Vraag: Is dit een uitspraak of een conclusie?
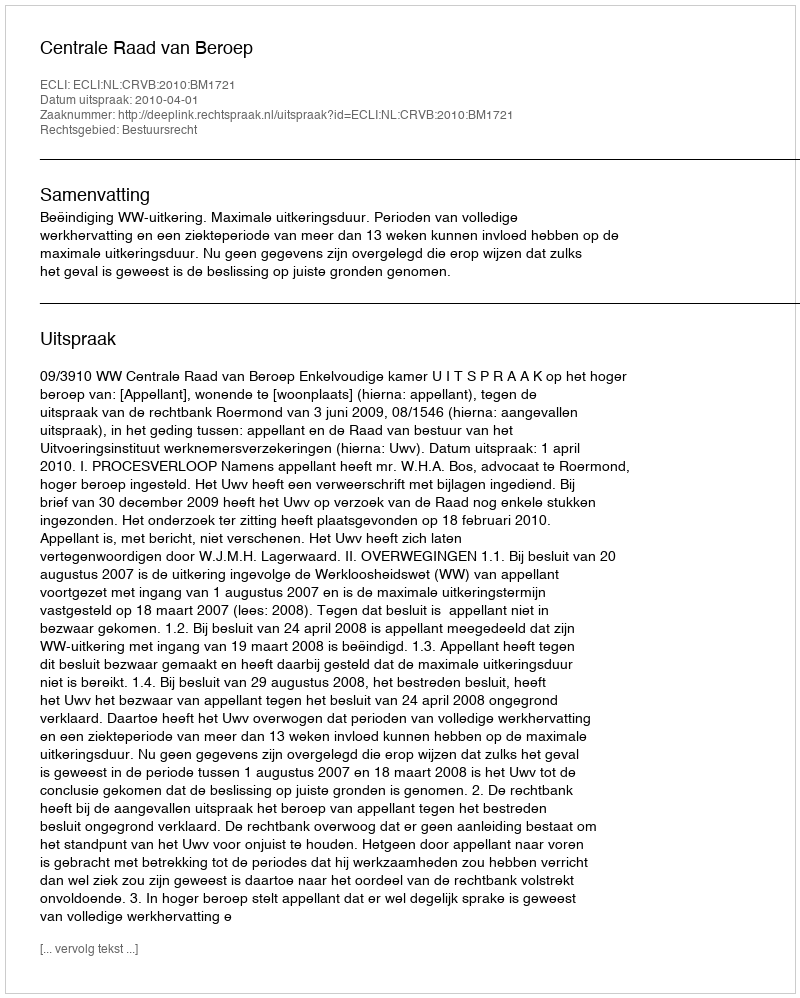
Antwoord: Uitspraak